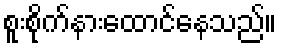
စူးစိုက်နားထောင်နေသည်။